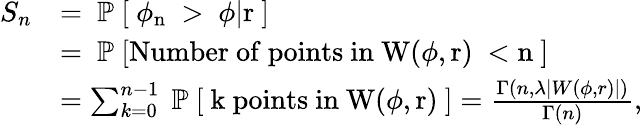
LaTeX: \begin{array}{rl}{S_{n}}&{=\mathrm{~\mathbb{P}~[~\phi_n~>~\phi|r~]}}\\ &{=\mathrm{~\mathbb{P}~[Number~of~points~in~W(\phi,r)~<n~]}}\\ &{=\sum_{k=0}^{n-1}\mathrm{~\mathbb{P}~[~k~points~in~W(\phi,r)~]}=\frac{\Gamma(n,\lambda|W(\phi,r)|)}{\Gamma(n)},}\end{array}